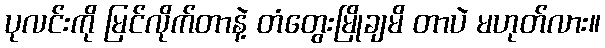
ပုလင်းကို မြင်လိုက်တာနဲ့ တံတွေးမြိုချမိ တာပဲ မဟုတ်လား။